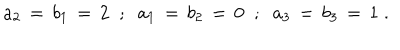
LaTeX: a _ { 2 } \, = \, b _ { 1 } \, = \, 2 \; \; ; \; \; a _ { 1 } \, = \, b _ { 2 } \, = \, 0 \; \; ; \; \; a _ { 3 } \, = \, b _ { 3 } \, = \, 1 \; .